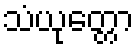
သံယုတ္တော